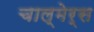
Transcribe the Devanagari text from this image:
चाल्मेर्स